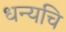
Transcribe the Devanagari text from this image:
धन्यचि